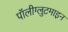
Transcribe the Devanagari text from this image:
पॉलीग्लुटमाइन